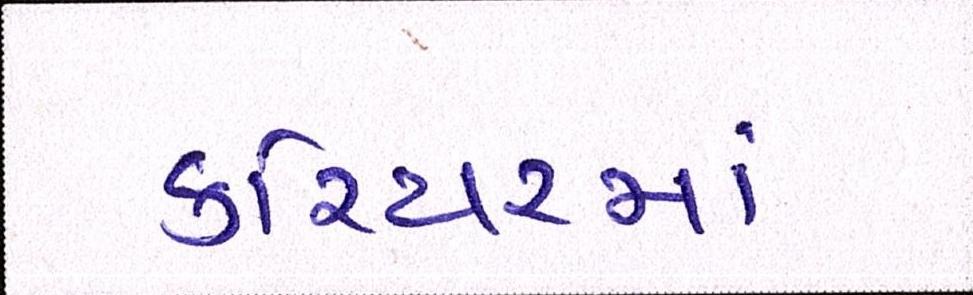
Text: કરિયરમાં